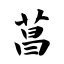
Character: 菖